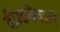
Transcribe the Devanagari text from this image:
दीखनेवाले